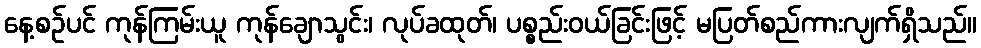
နေ့စဉ်ပင် ကုန်ကြမ်းယူ ကုန်ချောသွင်း၊ လုပ်ခထုတ်၊ ပစ္စည်းဝယ်ခြင်းဖြင့် မပြတ်စည်ကားလျက်ရှိသည်။